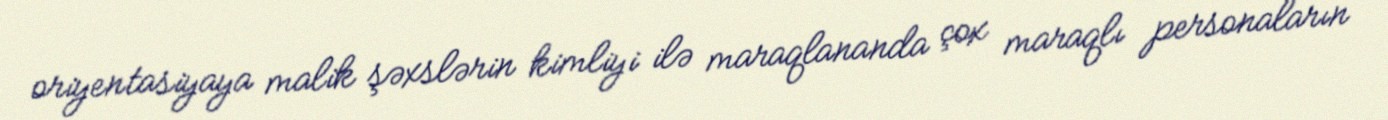
oriyentasiyaya malik şəxslərin kimliyi ilə maraqlananda çox maraqlı personaların